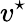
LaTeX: v^{\star}